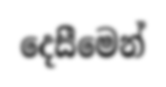
දෙසීමෙන්